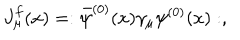
J _ { \mu } ^ { f } ( x ) = : { \bar { \psi } } ^ { ( 0 ) } ( x ) \gamma _ { \mu } \psi ^ { ( 0 ) } ( x ) : ,